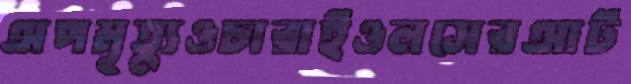
অপমৃত্যুওচারাইওলসেরআট